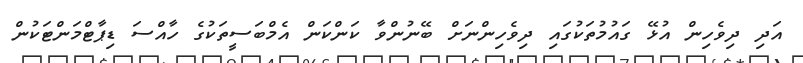
އަދި ދިވެހިން އުޅޭ ގައުމުތަކުގައި ދިވެހިންނަށް ބޭނުންވާ ކަންކަން އެމްބަސީތަކުގެ ހާއްސަ ޑިޕާޓްމަންޓަކުން